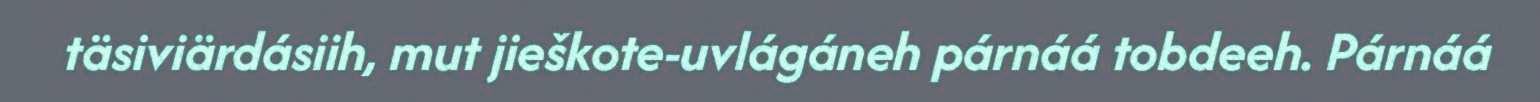
täsiviärdásiih, mut jieškote-uvlágáneh párnáá tobdeeh. Párnáá